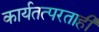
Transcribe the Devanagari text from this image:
कार्यतत्परताही